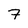
Character: 7